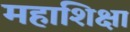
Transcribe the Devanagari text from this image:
महाशिक्षा